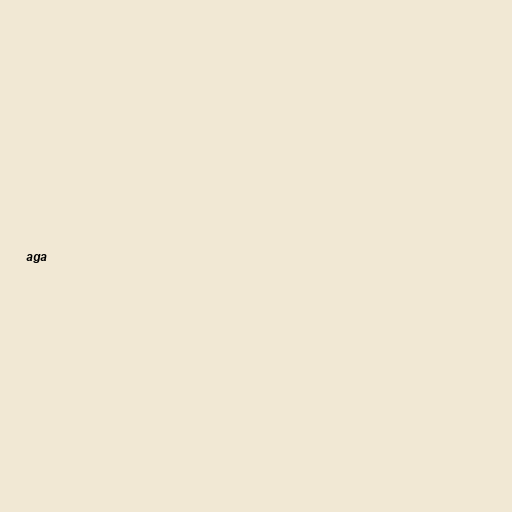
aga